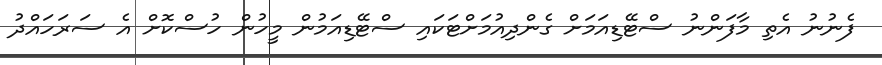
ފެނުނު އެތި މާފަންނު ސްޓޭޑިއަމަށް ގެންދިއުމަށްޓަކައި ސްޓޭޑިއަމުން މީހުން ހުސްކޮށް އެ ސަރަހައްދު